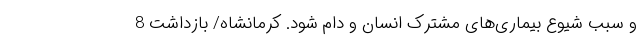
و سبب شیوع بیماری‌های مشترک انسان و دام شود. کرمانشاه/ بازداشت 8